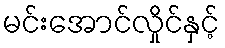
မင်းအောင်လှိုင်နှင့်